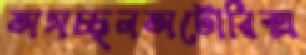
অসচ্ছলঅটোরিক্স